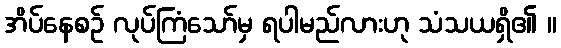
အိပ်နေစဉ် လုပ်ကြံသော်မှ ရပါမည်လားဟု သံသယရှိ၏ ။